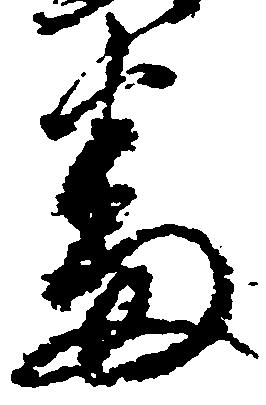
番